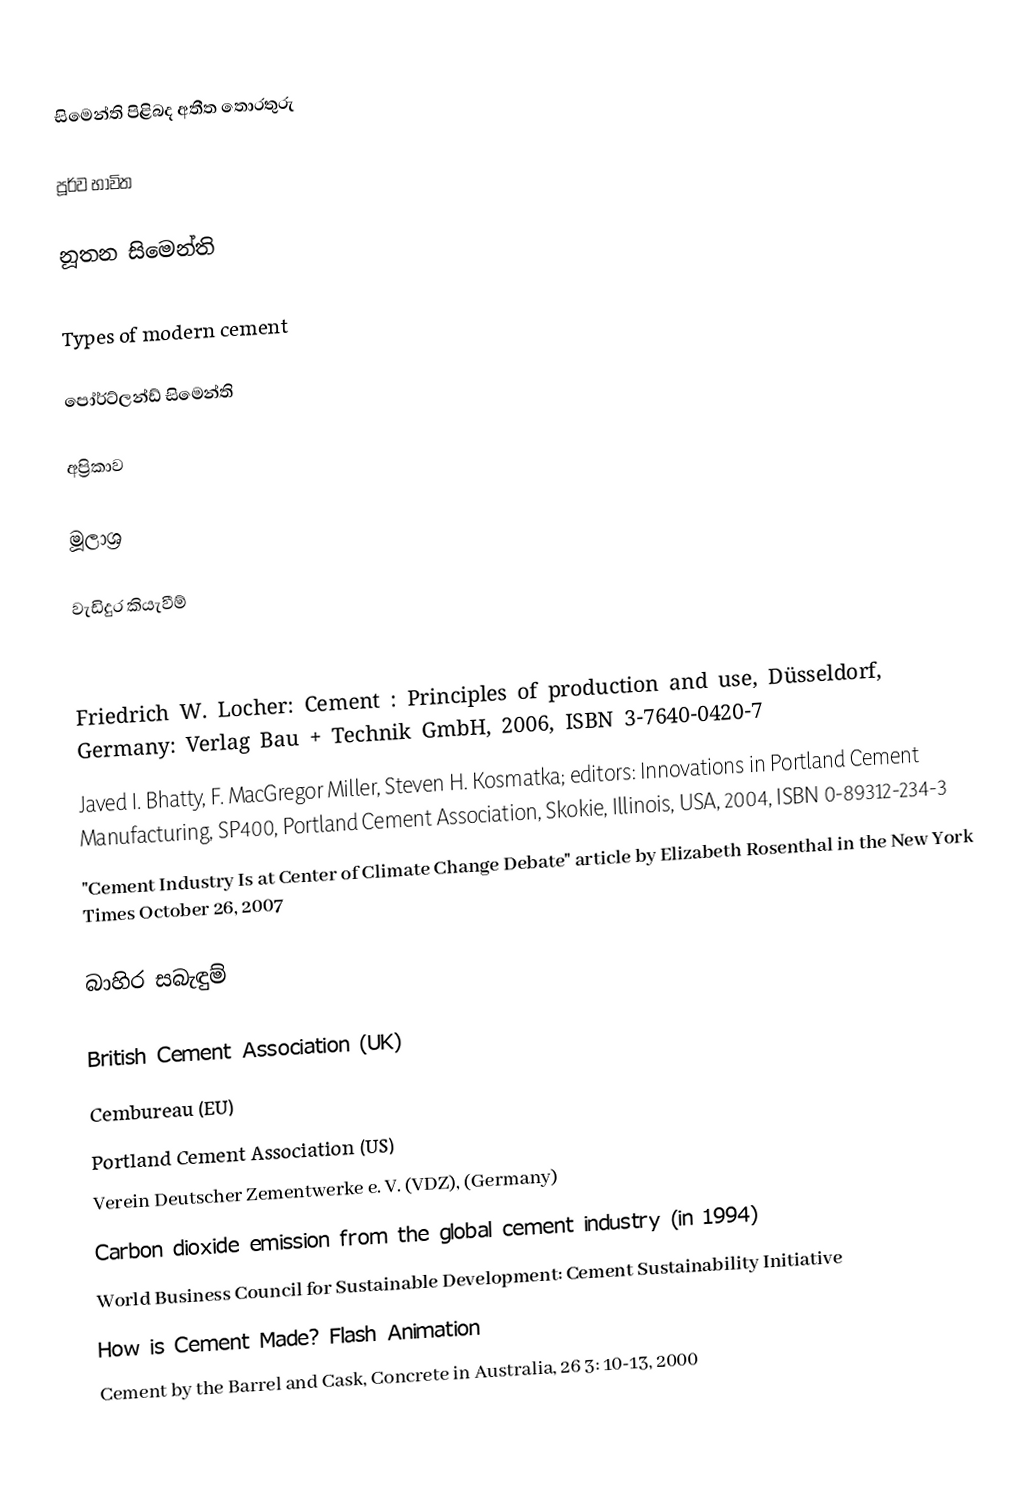

සිමෙන්ති පිළිබද අතීත තොරතුරු

පූර්ව භාවිත

නූතන සිමෙන්ති

Types of modern cement

පෝර්ට්ලන්ඩ් සිමෙන්ති

අප්‍රිකාව

මූලාශ්‍ර

වැඩිදුර කියැවීම්

 Friedrich W. Locher: Cement : Principles of production and use, Düsseldorf, Germany: Verlag Bau + Technik GmbH, 2006, ISBN 3-7640-0420-7
 Javed I. Bhatty, F. MacGregor Miller, Steven H. Kosmatka; editors: Innovations in Portland Cement Manufacturing, SP400, Portland Cement Association, Skokie, Illinois, USA, 2004, ISBN 0-89312-234-3
 "Cement Industry Is at Center of Climate Change Debate" article by Elizabeth Rosenthal in the New York Times October 26, 2007

බාහිර සබැඳුම්

 British Cement Association (UK)
 Cembureau (EU)
 Portland Cement Association (US)
 Verein Deutscher Zementwerke e. V. (VDZ), (Germany)
 Carbon dioxide emission from the global cement industry (in 1994)
 World Business Council for Sustainable Development: Cement Sustainability Initiative
 How is Cement Made? Flash Animation
 Cement by the Barrel and Cask, Concrete in Australia, 26 3: 10-13, 2000